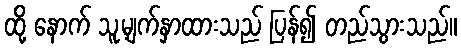
ထို့ နောက် သူ့မျက်နှာထားသည် ပြန်၍ တည်သွားသည်။